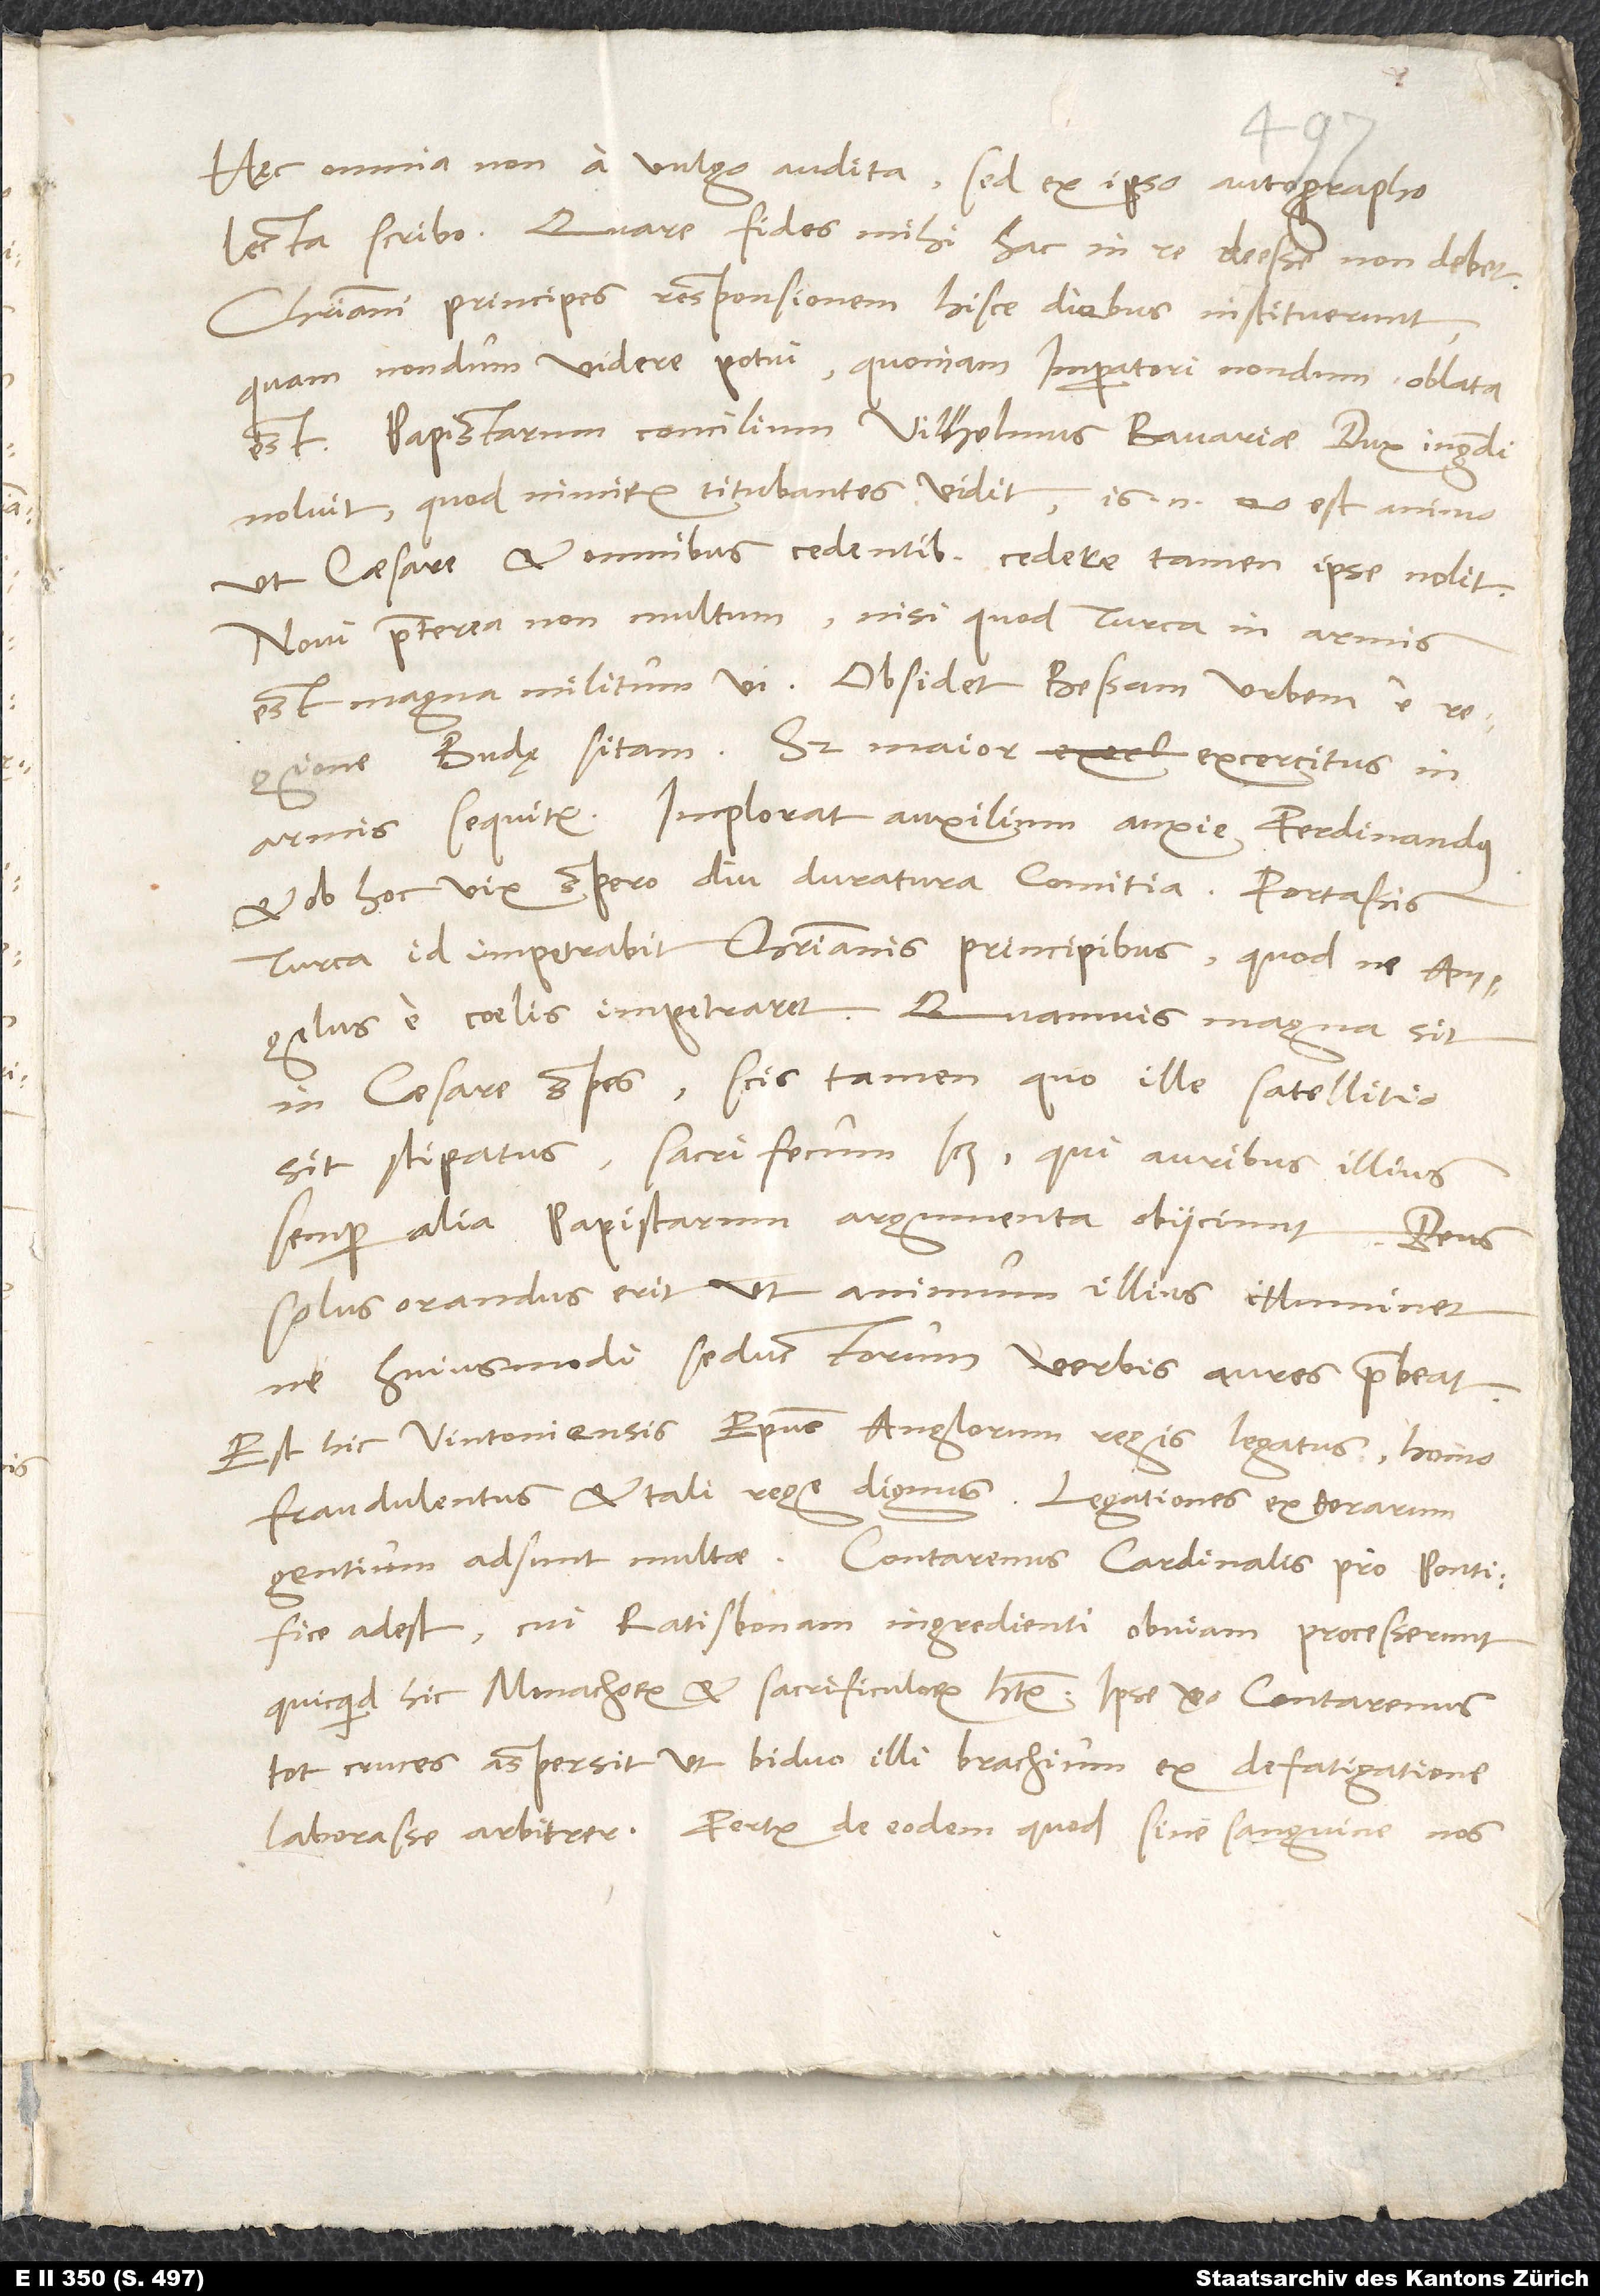
Hęc omnia non a vulgo audita, sed ex ipso autographo
lecta scribo. Quare fides mihi hac in re deesse non debet.
Christiani principes responsionem hisce diebus instituerunt,
quam nondum videre potui, quoniam imperatori nondum oblata
Papistarum concilium Vilhelmus, Bavariae dux, ingredi
noluit, quod nimirum titubantes vidit; is enim eo est animo,
ut caesare et omnibus cedentibus cedere tamen ipse nolit.
Novi praeterea non multum, nisi quod Turca in armis
est magna militum vi. Obsidet Bessam, urbem e
Budę sitam; sed maior exercitus in
armis sequitur. Imploratur auxilium anxie Ferdinandus,
et ob hoc vix spero diu duratura comitia. Fortassis
Turca id impetrabit christianis principibus, quod ne angelus
e coelis impetraret. Quamvis magna sit
in caesare spes, scis tamen, quo ille satellitio
sit stipatus, sacrifecum scilicet, qui auribus illius
semper alia papistarum argumenta obiiciunt. Deus
solus orandus erit, ut animum illius illuminet,
ne huiusmodi seductorum verbis aures praebeat.
Est hic Vintoniensis episcopus, Anglorum regis legatus, homo
fraudulentus et tali rege dignus. Legationes exterarum
adest, cui Ratisbonam ingredienti obviam processerunt,
tot cruces aspersit, ut biduo illi brachium ex defatigatione
laborasse arbitrer. Fertur de eodem, quod sine sanguine nos